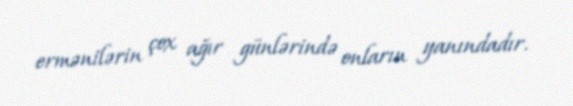
ermənilərin çox ağır günlərində onların yanındadır.